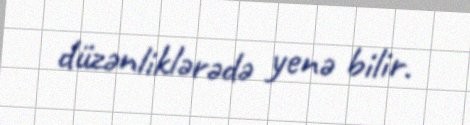
düzənliklərədə yenə bilir.